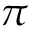
\pi